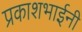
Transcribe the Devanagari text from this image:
प्रकाशभाईनी